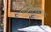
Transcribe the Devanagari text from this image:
उपननिवेशों